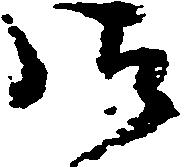
御